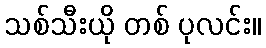
သစ်သီးယို တစ် ပုလင်း။